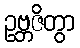
ဥဗ္ဘဇိတွာ